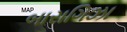
બારાગિઝા